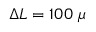
\Delta L = 1 0 0 ~ \mu